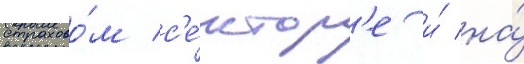
страхово́м с'е́ктор'е и́ на́